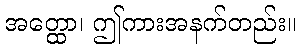
အတ္ထော၊ ဤကားအနက်တည်း။